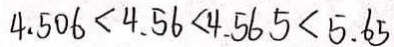
4 . 5 0 6 < 4 . 5 6 < 4 . 5 6 5 < 5 . 6 5